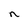
Character: n